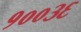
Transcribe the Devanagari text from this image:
१००३६